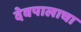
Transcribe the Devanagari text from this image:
देवपालाचा